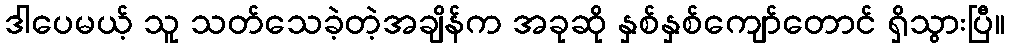
ဒါပေမယ့် သူ သတ်သေခဲ့တဲ့အချိန်က အခုဆို နှစ်နှစ်ကျော်တောင် ရှိသွားပြီ။